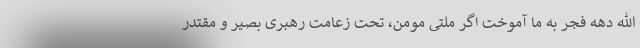
الله دهه فجر به ما آموخت اگر ملتی مومن، تحت زعامت رهبری بصیر و مقتدر